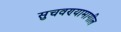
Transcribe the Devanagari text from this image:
सुचवण्यामागील